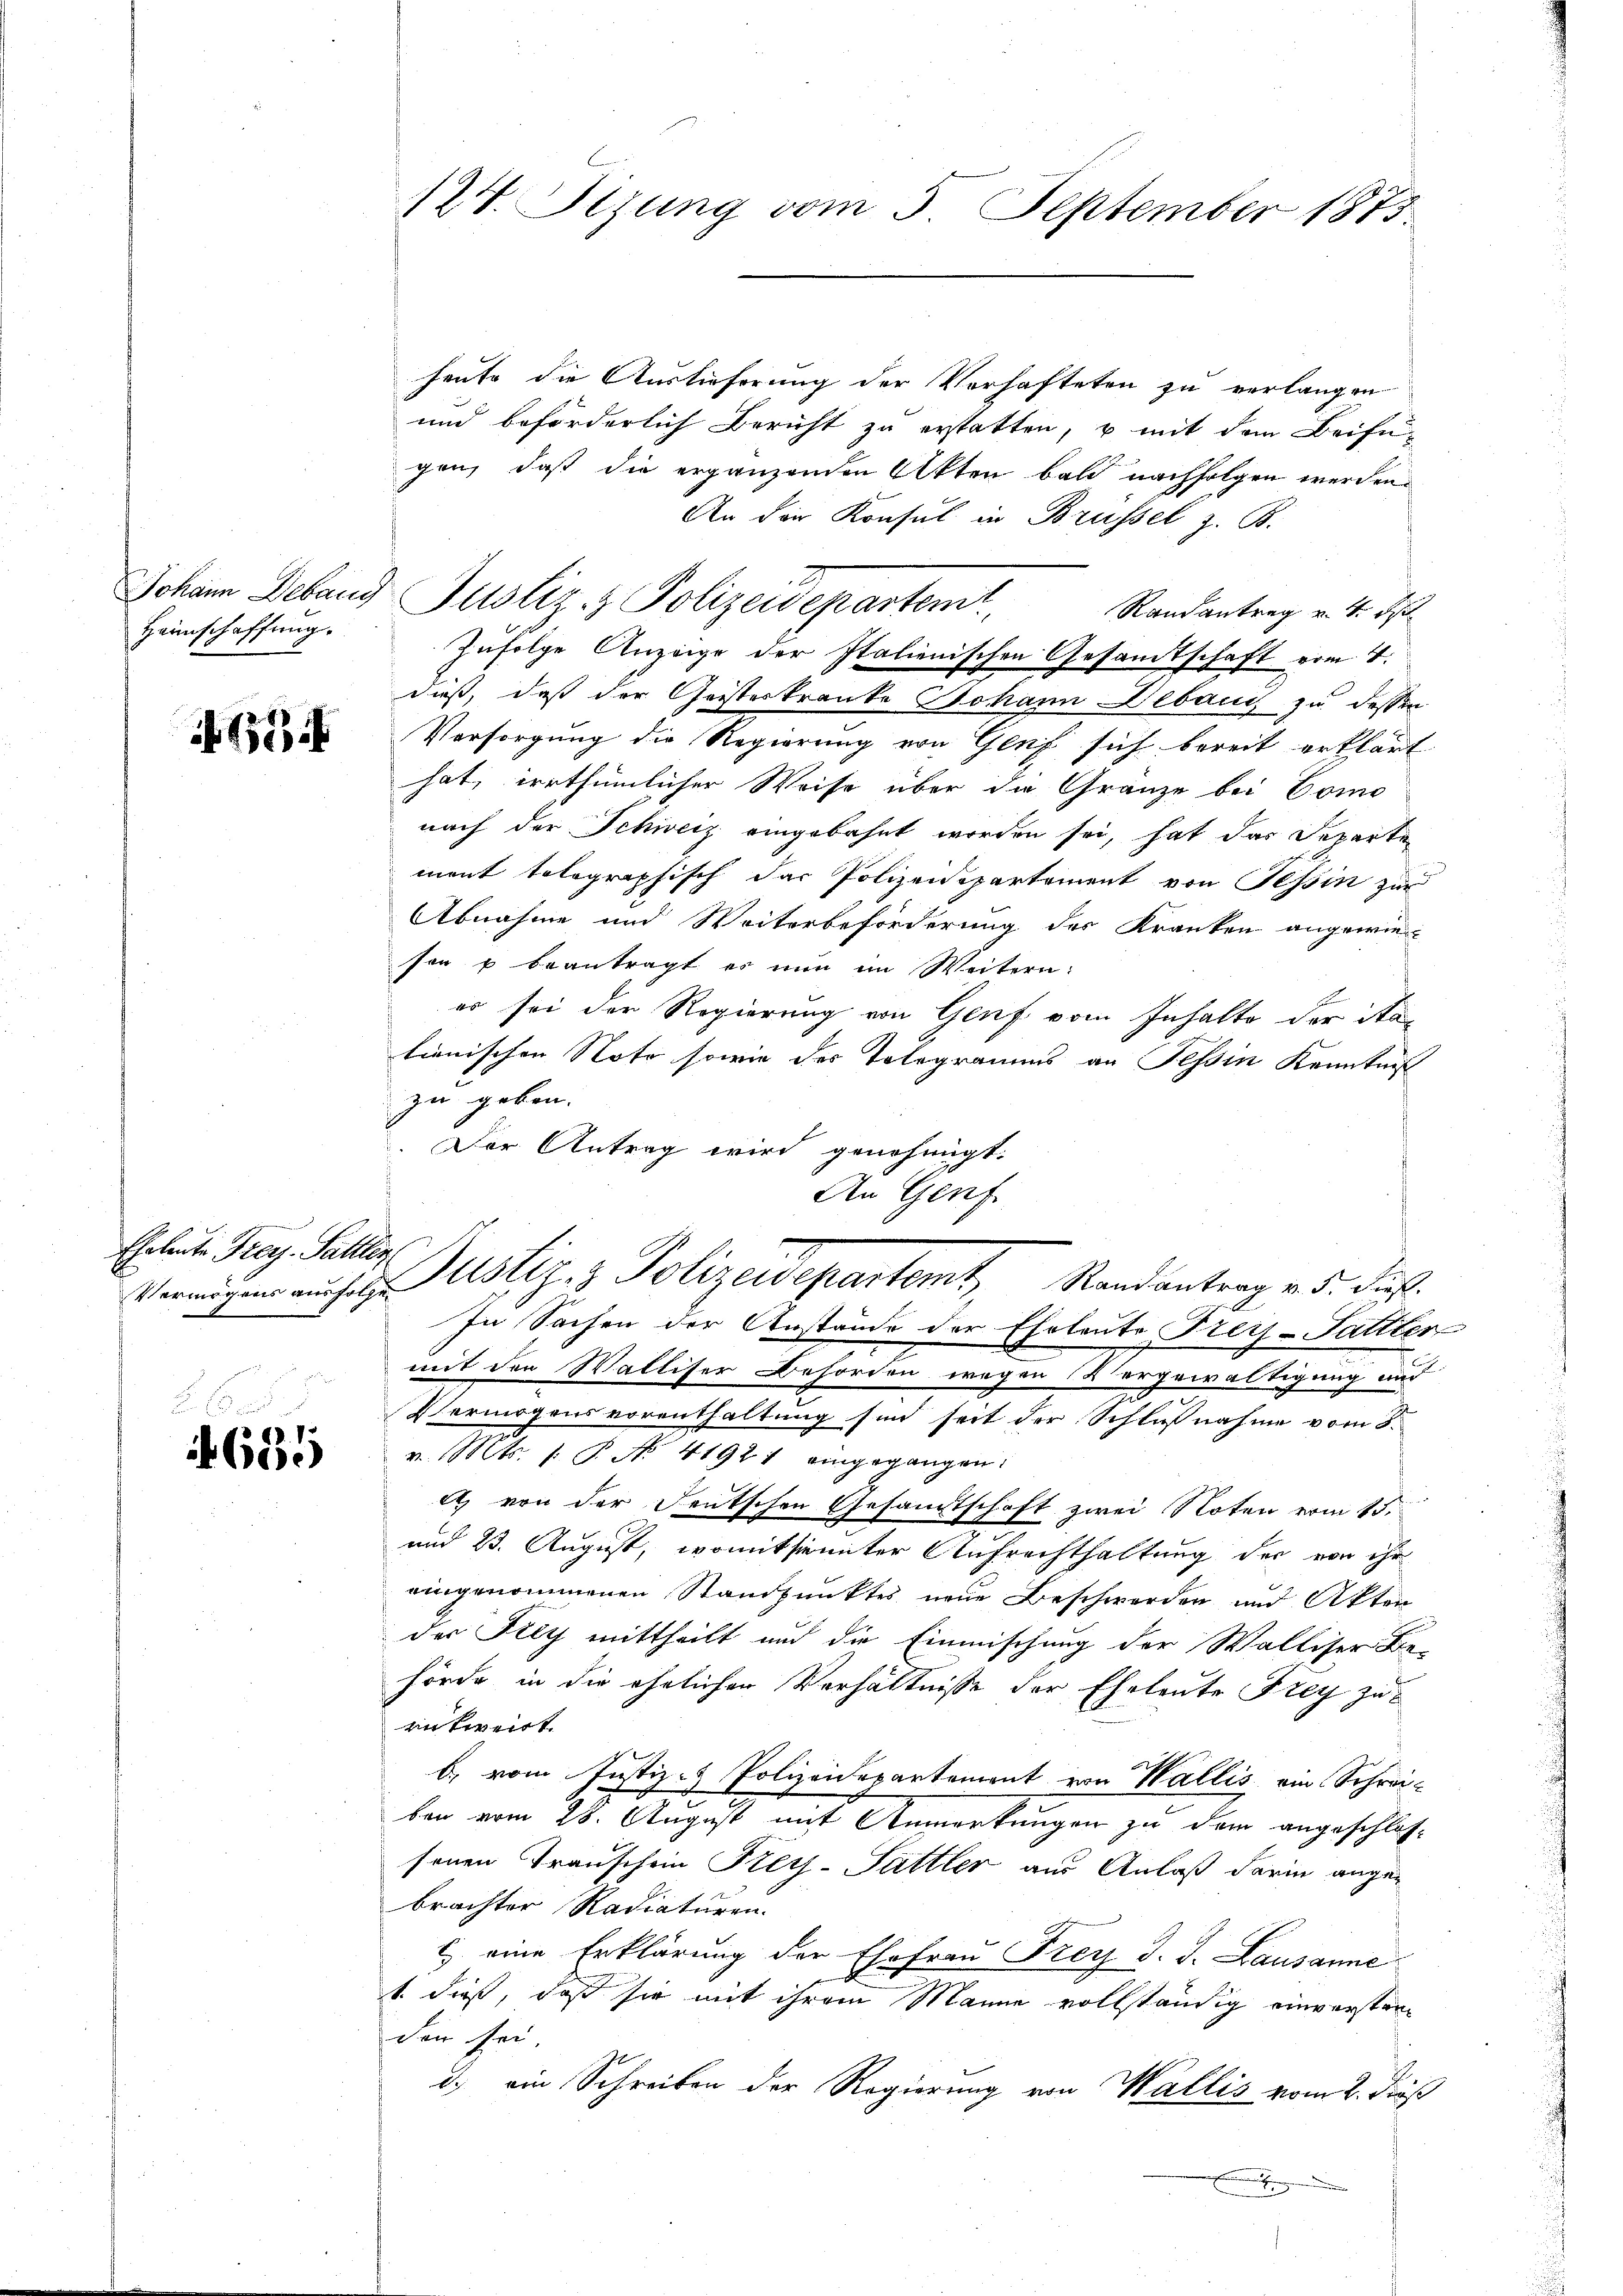
Heimschaffung.

694

Ehrleite Frey-Sallten.

655

124. Sizung vom 5. September 1873.

heute die Auslieferung der Verhafteten zu verlangen
und beförderlich Bericht zu erstatten, u mit dem Beifügen, daß die ergänzenden Akten bald nachfolgen werden.
An die Konsul in Brüssel z. B.
Randantrag v. 4. ds.
Zufolge Anzeige der Italienischen Gesamtschaft vom 4.
dieß, daß der Geisteskranke Johann Debau zu dessen
Vorsorgung die Regierung von Genf sich bereit erklärt
hat, irrthümlicher Weise über da Gränze bei Como
nach der Schweiz eingebahnt worden sei, hat das Separte
ment tolographisch das Polizeidepartement von Tessin zur
Abnahme und Weiterbeförderung des Kranken angewiesen u beantragt es nun im Weitern:
es sei den Regierung von Genf vom Inhalte der ita-
lienischen Note sowie des Telegramms an Tessin Kenntniß
zu geben.
.Der Antrag wird genehmigt.
An Genf.

Johann Deband Justiz & Polizeidepartem

Vermögen auch der Astiz- & Polizeidepartemt, Randantrag v. 5. dieß¬
In Sachen der Anstände der Eheleute Frey-Sattler

mit den Walliser Behörden wegen (Vergewältigung und
Vermögensvorenthaltung sind seit der Schlußnahme vom 8.
v. Mts. 1. P. No. 41921 eingegangen.
e) von der Deutschen Gesamtschaft zwei Noten vom 15t
und 23. August, womitsinnter Aufrechthaltung der von ihr
eingenommenen Standpunktes neue Beschwerden und Akten
der Frey mittheilt und die Einmischung der Walliser Be-
hörde in die ehelichen Verhältnisse der Eheleute Frey zuentweist.
b. vom Justiz- & Polizeidepartement von Wallis ein Schrei¬

ben vom 28. August mit Anmerkungen zu dem angeschlossenen Transchein Krey-Sattler aus Anlaß darin angebrachter Radiaturen.
c eine Erklärung der Ehefrau Frey J. J. Lausanne
1 dieß, daß sie mit ihrem Manne vollständig einverstanden sei
i.) ein Schreiben der Regierung von Wallis vom 2. dieß